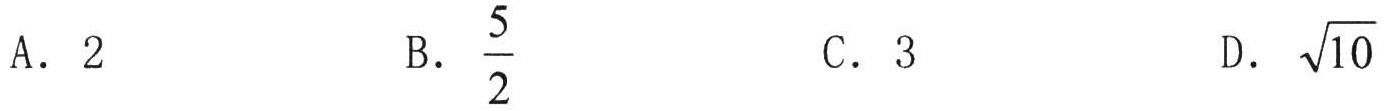
A. \(2\)

B. \(\frac{5}{2}\)

C. \(3\)

D. \(\sqrt{10}\)